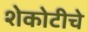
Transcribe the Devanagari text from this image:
शेकोटीचे